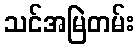
သင်အမြဲတမ်း